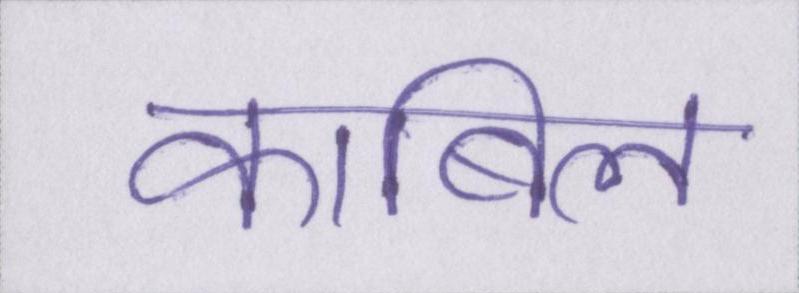
काबिल